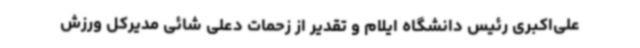
علی‌اکبری رئیس دانشگاه ایلام و تقدیر از زحمات دعلی شائی مدیرکل ورزش